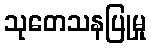
သုတေသနပြုမှု